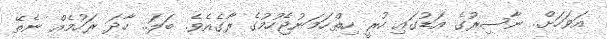
އަވަހަށް.. ނާސިރުގެ އަޑުގައި ހުރީ ހިތްހަމަނުޖެހުމުގެ ރާގެއެވެ. ބަލަ.. ހާދަ ރަހުމެއް ނެތޭ